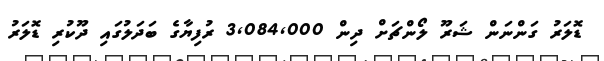
ޑޮލަރު ގަންނަން ޝަރޫ ލޯންޗަށް ދިން 3